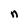
Character: n